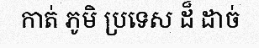
កាត់ ភូមិ ប្រទេស ដ៏ ដាច់